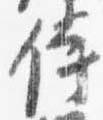
侍